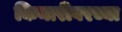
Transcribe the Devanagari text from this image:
किनारीवरच्या